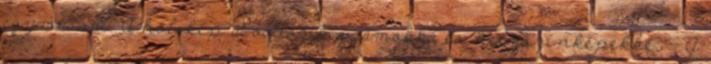
egymással. A holokép átváltozik számokká és helyszínképekké. - A